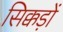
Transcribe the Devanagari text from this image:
सिक्कड़ों